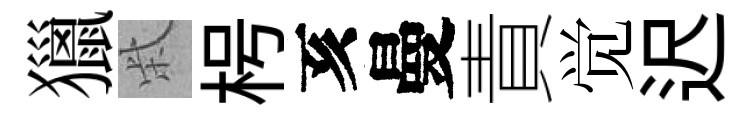
獵柴枵亥曼責觉迟